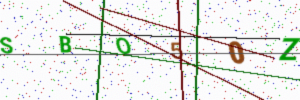
Text: SBO50Z